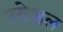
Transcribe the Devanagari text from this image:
उवेअल